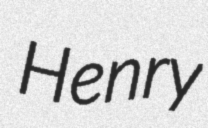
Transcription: Henry